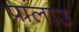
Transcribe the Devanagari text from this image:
पालाउ